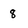
Character: 8